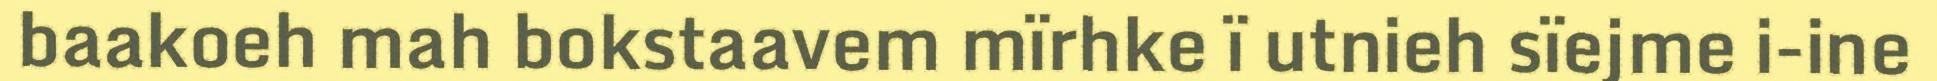
baakoeh mah bokstaavem mïrhke ï utnieh sïejme i-ine